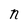
Character: n